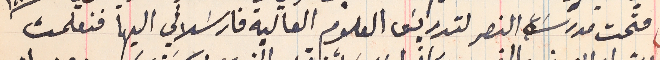
فتحت مدرسَة النصر لتدريسَ العلوم العالية فارسَلاني اليها فتعلمت